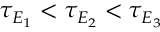
\tau _ { E _ { 1 } } < \tau _ { E _ { 2 } } < \tau _ { E _ { 3 } }